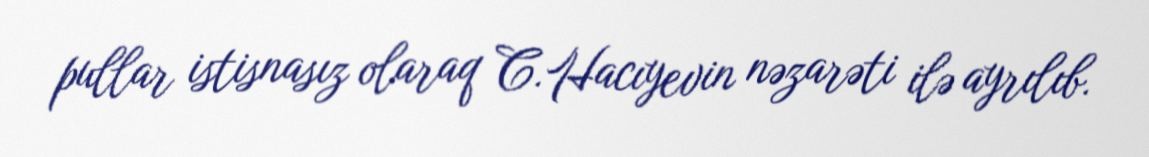
pullar istisnasız olaraq C.Hacıyevin nəzarəti ilə ayrılıb.